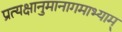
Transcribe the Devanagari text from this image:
प्रत्यक्षानुमानागमाभ्याम्